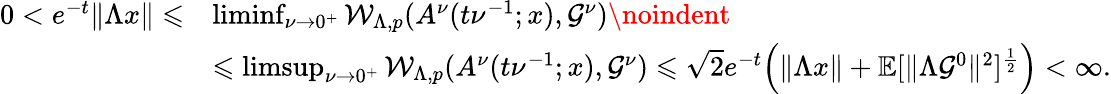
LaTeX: \begin{array}{rl}{0<e^{-t}\| \Lambda x\| \leqslant}&{\operatorname*{liminf}_{\nu\rightarrow 0^{+}}\mathcal{W}_{\Lambda,p}(A^{\nu}(t\nu^{-1};x),\mathcal{G}^{\nu})\noindent}\\ &{\leqslant\operatorname*{limsup}_{\nu\rightarrow 0^{+}}\mathcal{W}_{\Lambda,p}(A^{\nu}(t\nu^{-1};x),\mathcal{G}^{\nu})\leqslant{\sqrt{2}}e^{-t}\Big(\| \Lambda x\| +\mathbb{E}[\| \Lambda\mathcal{G}^{0}\| ^{2}]^{\frac{1}{2}}\Big)<\infty.}\end{array}